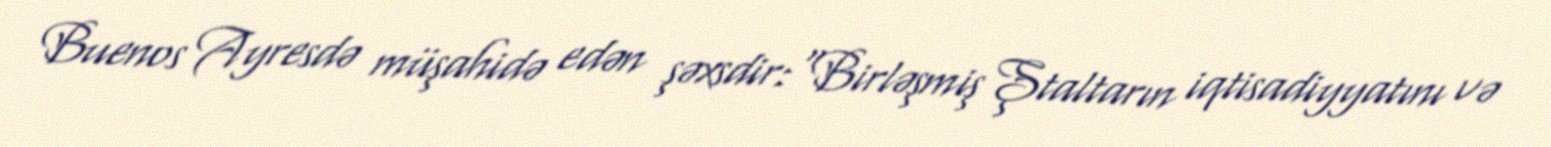
Buenos Ayresdə müşahidə edən şəxsdir:“Birləşmiş Ştaltarın iqtisadiyyatını və